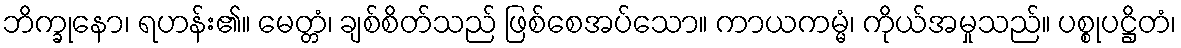
ဘိက္ခုနော၊ ရဟန်း၏။ မေတ္တံ၊ ချစ်စိတ်သည် ဖြစ်စေအပ်သော။ ကာယကမ္မံ၊ ကိုယ်အမှုသည်။ ပစ္စုပဋ္ဌိတံ၊